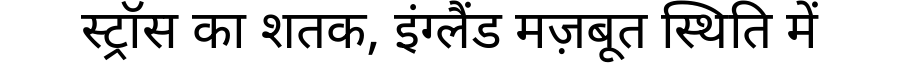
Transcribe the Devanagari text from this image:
स्ट्रॉस का शतक, इंग्लैंड मज़बूत स्थिति में